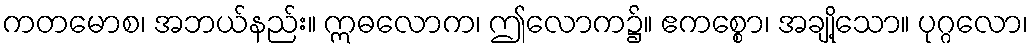
ကတမောစ၊ အဘယ်နည်း။ ဣဓလောက၊ ဤလောက၌။ ဧကစ္စော၊ အချို့သော။ ပုဂ္ဂလော၊